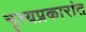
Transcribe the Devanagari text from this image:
नृत्यप्रकारांत